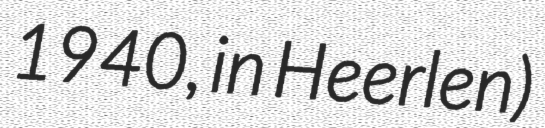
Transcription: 1940, in Heerlen)